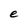
Character: e